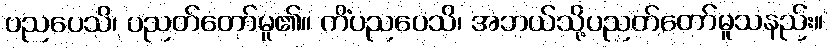
ပညပေသိ၊ ပညတ်တော်မူ၏။ ကိံပညပေသိ၊ အဘယ်သို့ပညတ်တော်မူသနည်း။